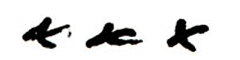
xxx